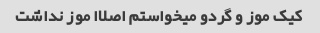
کیک موز و گردو میخواستم اصلاا موز نداشت